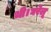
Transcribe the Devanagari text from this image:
थी।घरेलू